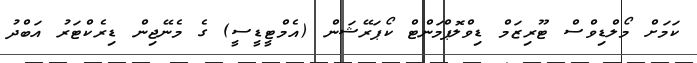
ކަމަށް މޯލްޑިވްސް ޓޫރިޒަމް ޑިވްލޮޕްމަންޓް ކޯޕަރޭޝަން (އެމްޓީޑީސީ) ގެ މެނޭޖިން ޑިރެކްޓަރު އަބްދު